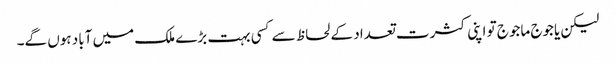
لیکن یاجوج ماجوج تو اپنی کثرت تعداد کے لحاظ سےکسی بہت بڑے ملک میں آباد ہوں گے۔